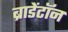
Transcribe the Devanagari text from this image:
ब्राडेंटॉन